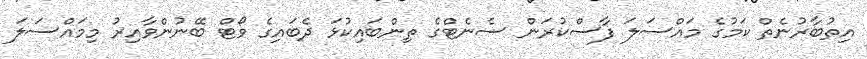
އިތުބާރުނެތް ކަމުގެ މައްސަލަ ފާސްކުރަން ސެނެޓްގެ ތިންބައިކުޅަ ދެބައިގެ ވޯޓް ބޭނުންވާއިރު މިމައްސަލަ